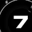
Digit: 7